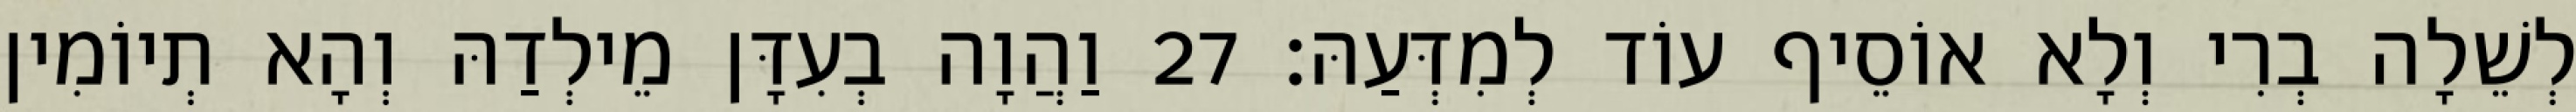
לְשֵׁלָה בְרִי וְלָא אוֹסֵיף עוֹד לְמִדְּעַהּ׃ 27 וַהֲוָה בְעִדָּן מֵילְדַהּ וְהָא תְיוֹמִין